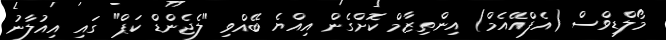
މޯލްޑިވްސް (އެފްއޭއެމް) އިންތިޒާމް ކޮށްގެން އިއްޔެ ބޭއްވި "ލެޖެންޑް ކަޕް" ގައި އިއުލާނު